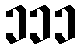
၁၁၁